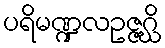
ပရိမဏ္ဍလဥဇ္ဇဂ္ဃိ